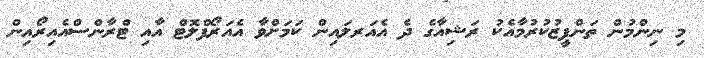
މި ނިންމުން ތަންފީޒުކުރުމާއެކު ރަޝިއާގެ ދެ އެއަރލައިން ކަމަށްވާ އެއަރޯފްލޮޓް އާއި ޓްރާންސްއެއިރޯއިން